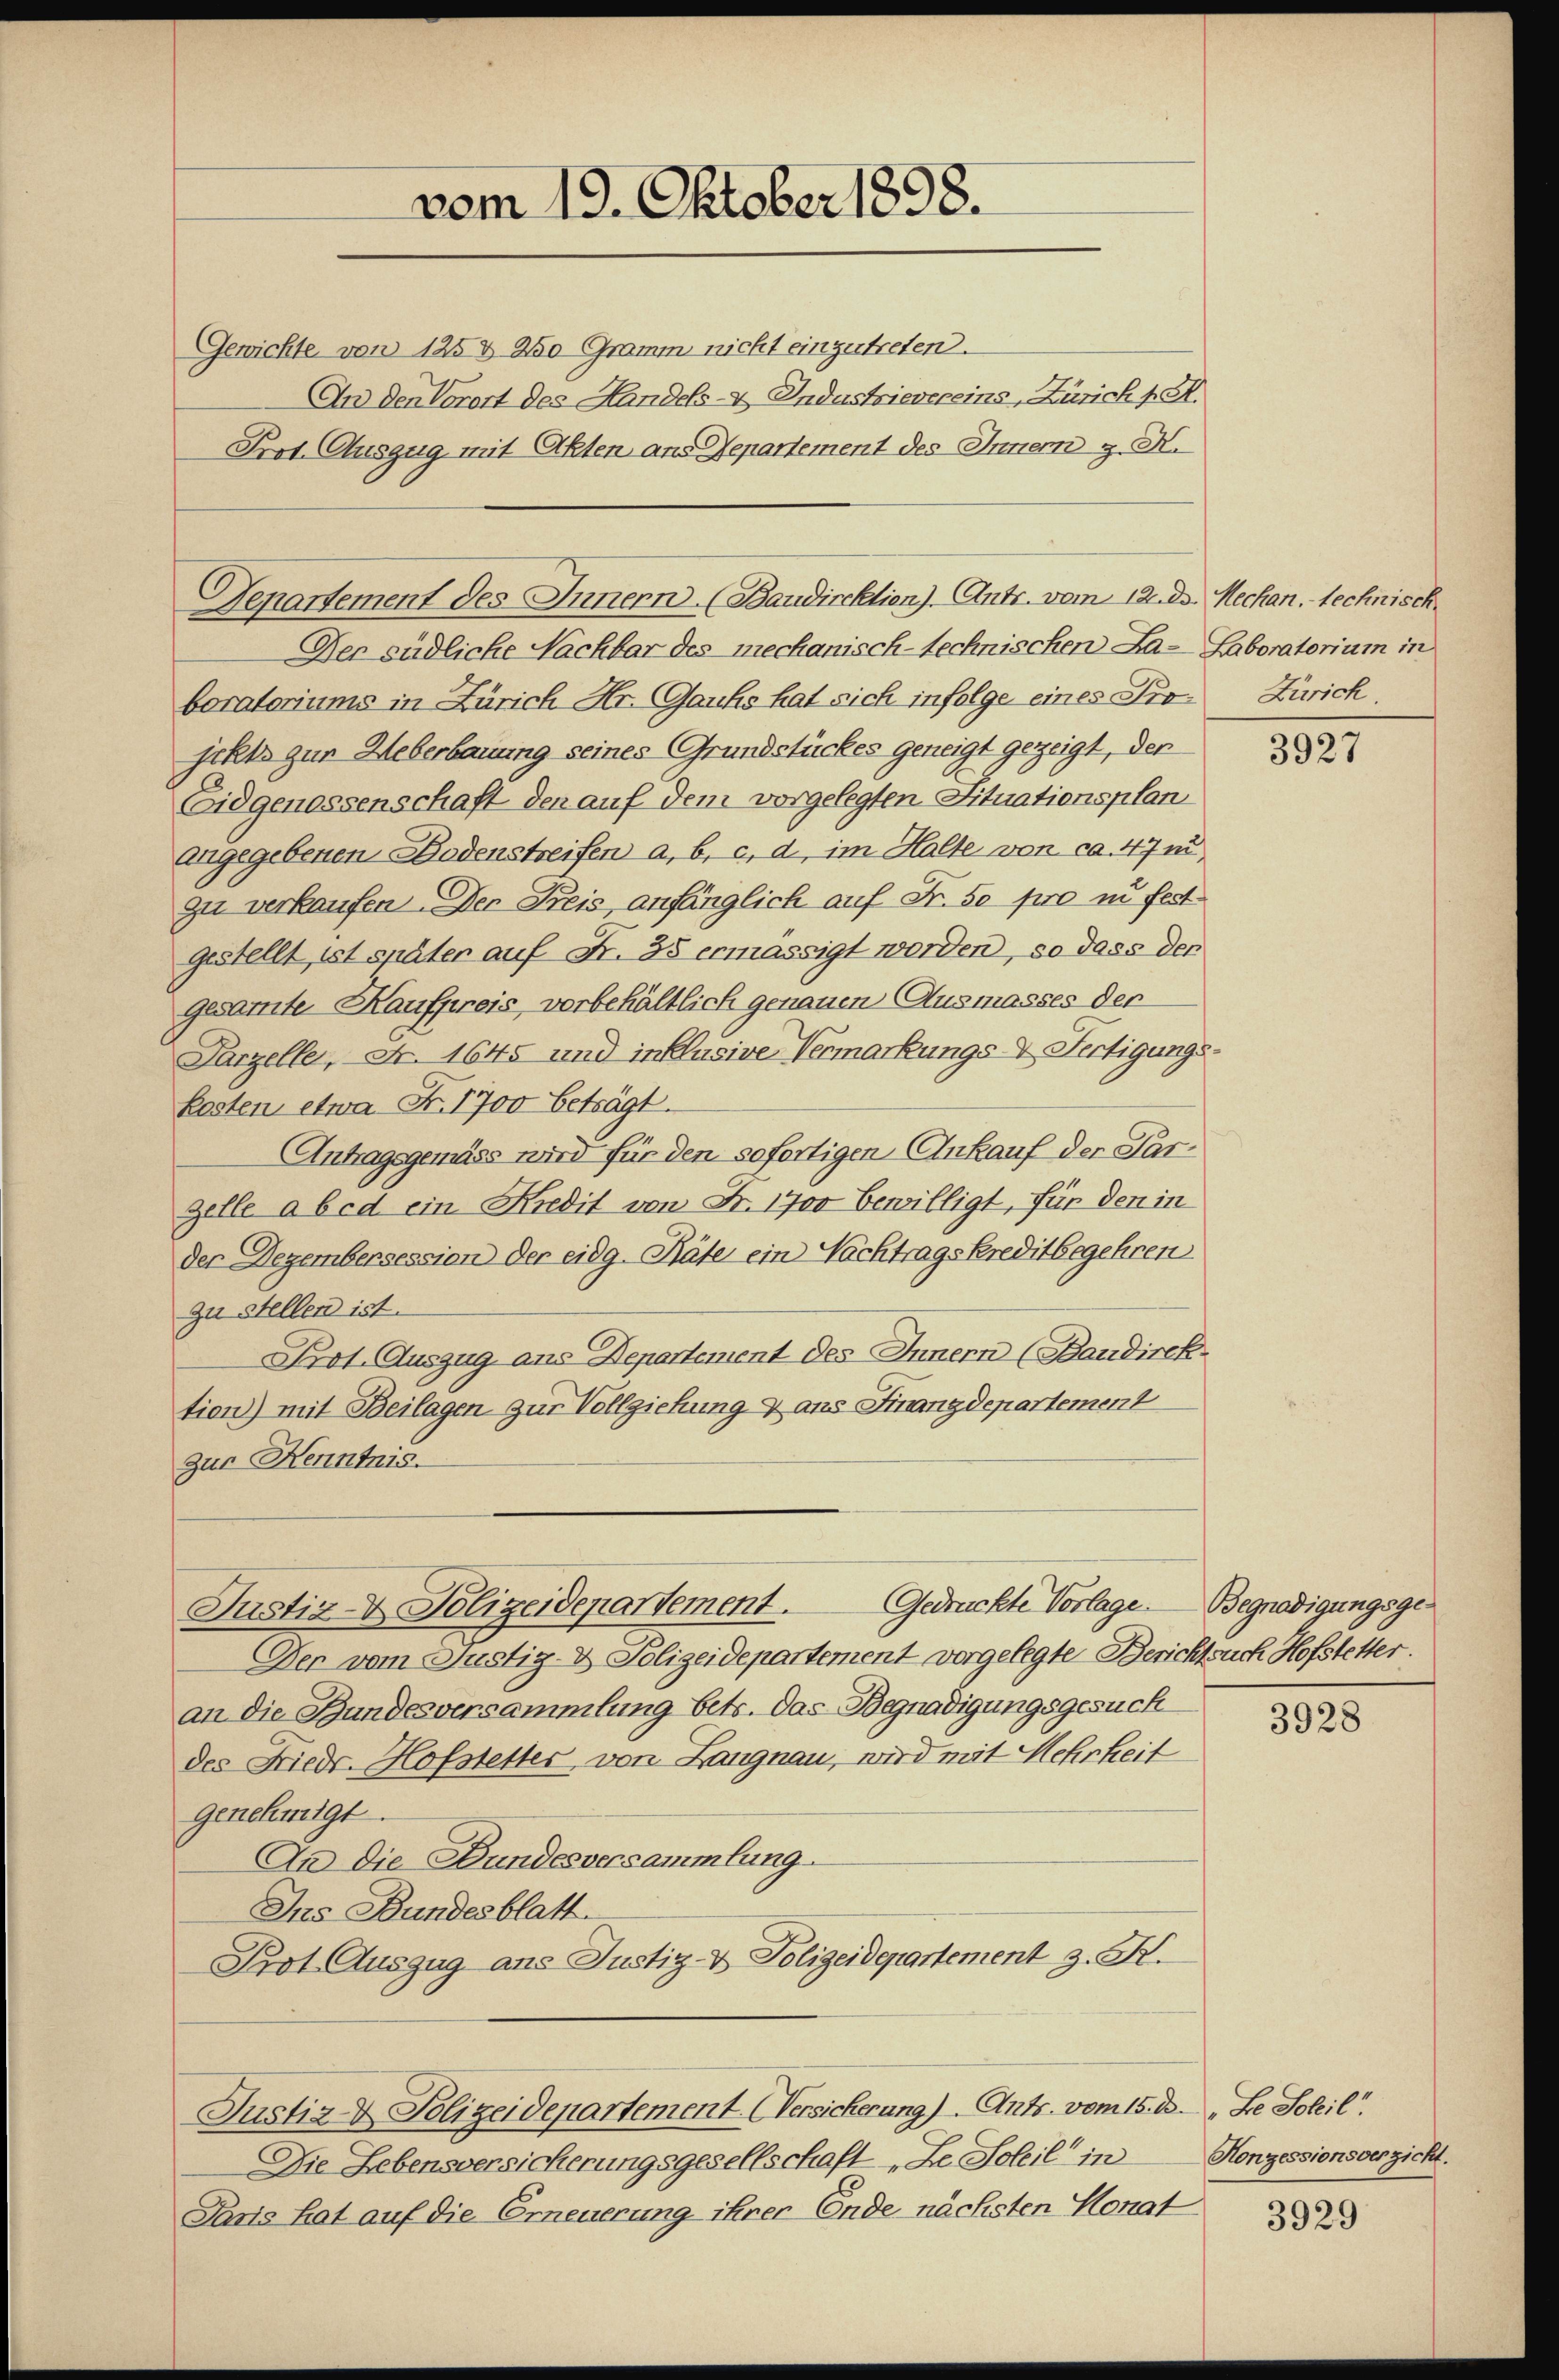
vom 19. Oktober 1898.

Gewichte von 125 & 250 Gramm nicht einzutreten.
An den Vorort des Handels- & Industrievereins, Zürich p. M.
Prot. Auszug mit Akten ans Departement des Innern z. R.
Departement des Innern. (Baudirektion). Antr. vom 12. ds. Mechan. technisch
Der südliche Nachbar des mechanisch-technischen La- Laboratorium in
boratoriums in Zürich Hr. Gauts hat sich infolge eines Pro Zürich
jekts zur Ueberbauung seines Grundstückes geneigt gezeigt, der
Eidgenossenschaft den auf dem vorgelegten Situationsplan
angegebenen Bodenstreifen a. b. c. d, im Halte von ca. 47 in,
zu verkaufen. Der Kreis anfänglich auf Fr. 50 pro in festgestellt, ist später auf Fr. 35 ermässigt worden, so dass den
gesamte Kaufpreis, vorbehältlich genauen Ausmasses der
Parzelle, Fr. 1645 und inklusive Vermarkungs- & Fertigungskosten etwa Fr. 1700 beträgt.
Antragsgemäss wird für den sofortigen Ankauf der Par¬
Zelle a bed ein Kredit von Fr. 1700 bewilligt, für den in
der Dezembersession der eidg. Räte ein Nachtragskreditbegehren
zu stellen ist.
Prot. Auszug ans Departement des Innern (Baudirek-
tion) mit Beilagen zur Vollziehung & aus Finanzdepartement
zur Kenntnis.
Gedrückte Vorlage. Begnadigungsge¬
Justiz- & Polizeidepartement.
Der vom Justiz- & Polizeidepartement vorgelegte Berichtsuch Hofstetter.
an die Bundesversammlung betr. das Begnadigungsgesuch
des Friedr. Hofstetter, von Langnau, wird mit Mehrheit
genehmigt.
An die Bundesversammlung
Ins Bundesblatt.
Prot. Auszug ans Justiz- & Polizeidepartement z. K.
Justiz- & Polizeidepartement. (Versicherung). Ants. vom 15. d. Le Soleil
Die Lebensversicherungsgesellschaft „Le Soleil“ in
Paris hat auf die Erneuerung ihrer Ende nächsten Monat

3927

3928

Konzessionsverzicht.

3929